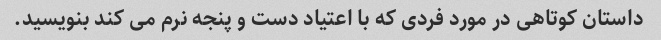
داستان کوتاهی در مورد فردی که با اعتیاد دست و پنجه نرم می کند بنویسید.